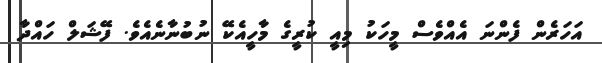
އަހަރެން ފެންނަ އެއްވެސް މީހަކު މިއީ ކުރީގެ މާހީއެކޭ ނުބުނާނެއެވެ. ފޭޝަލް ހައްދާ